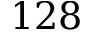
1 2 8